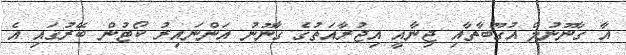
އާ ގާނޫނުލް އުގޫބާތާއި ޖިނާއީ އިޖުރާއަތުގެ ގާނޫނު އަންނައިރު ކޯޓުން ބޭރުގައި އެ